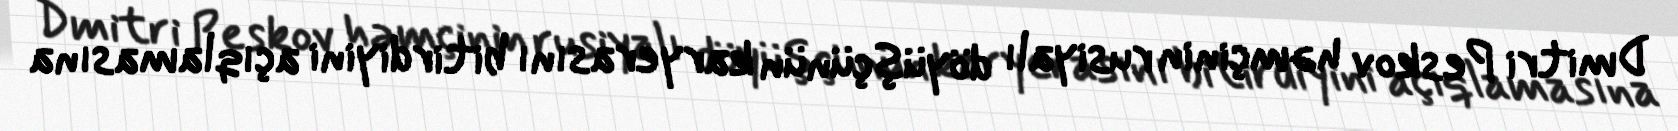
Dmitri Peskov həmçinin rusiyalı döyüşçünün karyerasını bitirdiyini açıqlamasına